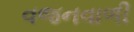
વજનવાળી